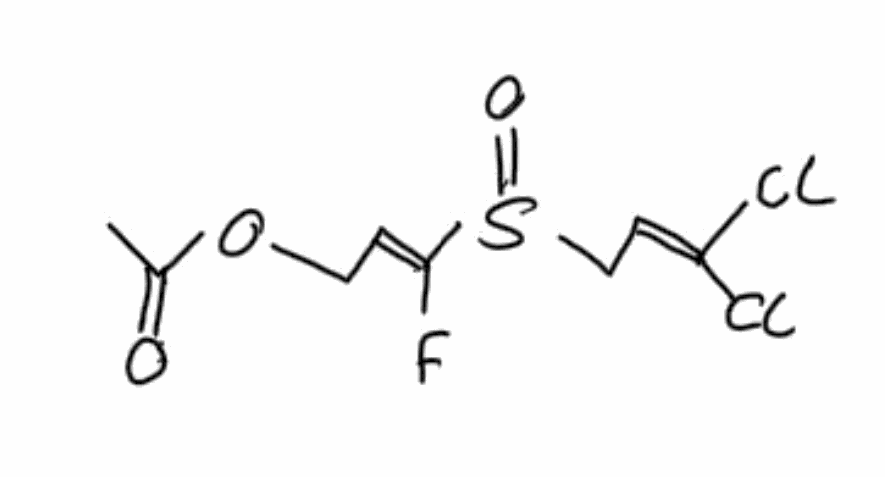
Simplified molecular-input line-entry system (SMILES) notation of the given molecule:
[2H]C12C3C1C4C2C4C3